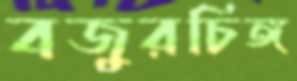
বজুরচিঙ্গ